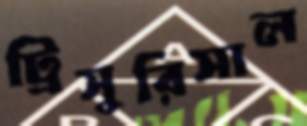
ট্রিসুরিসাল